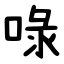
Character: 㖨